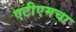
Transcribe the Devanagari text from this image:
एटीएमचा